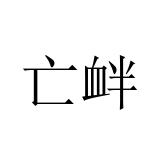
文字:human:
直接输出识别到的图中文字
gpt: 亡衅